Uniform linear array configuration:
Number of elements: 16
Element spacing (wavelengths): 0.5
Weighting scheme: cosine
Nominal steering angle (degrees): -60
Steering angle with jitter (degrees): -59.463
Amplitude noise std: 0.05
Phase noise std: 0.05

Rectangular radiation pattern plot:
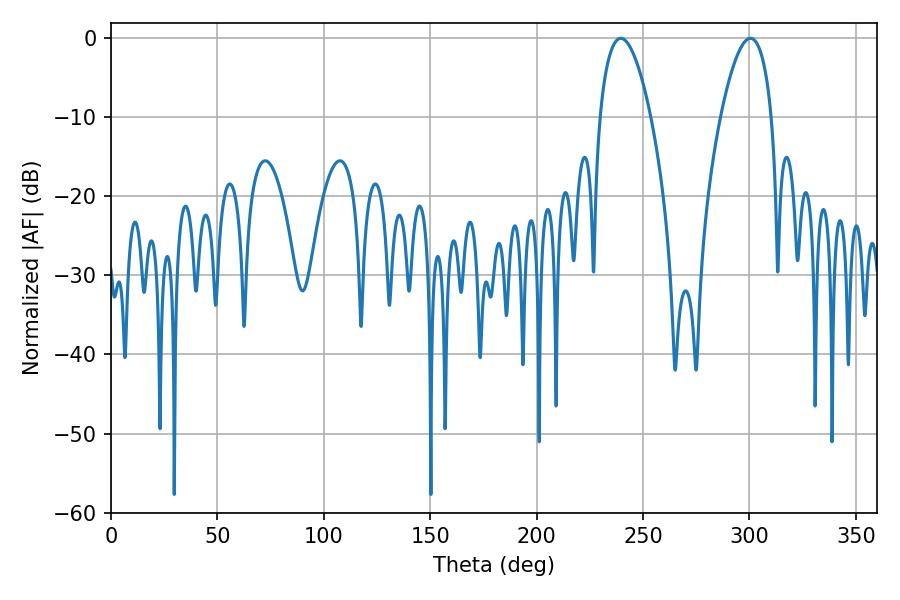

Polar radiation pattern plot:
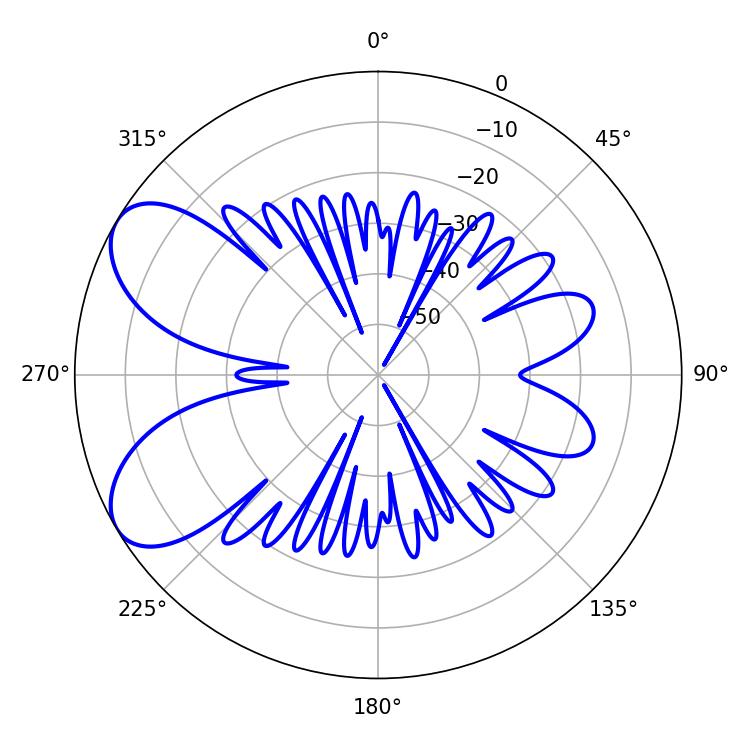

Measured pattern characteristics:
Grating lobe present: FALSE
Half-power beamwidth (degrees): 13.14
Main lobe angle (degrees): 300.42